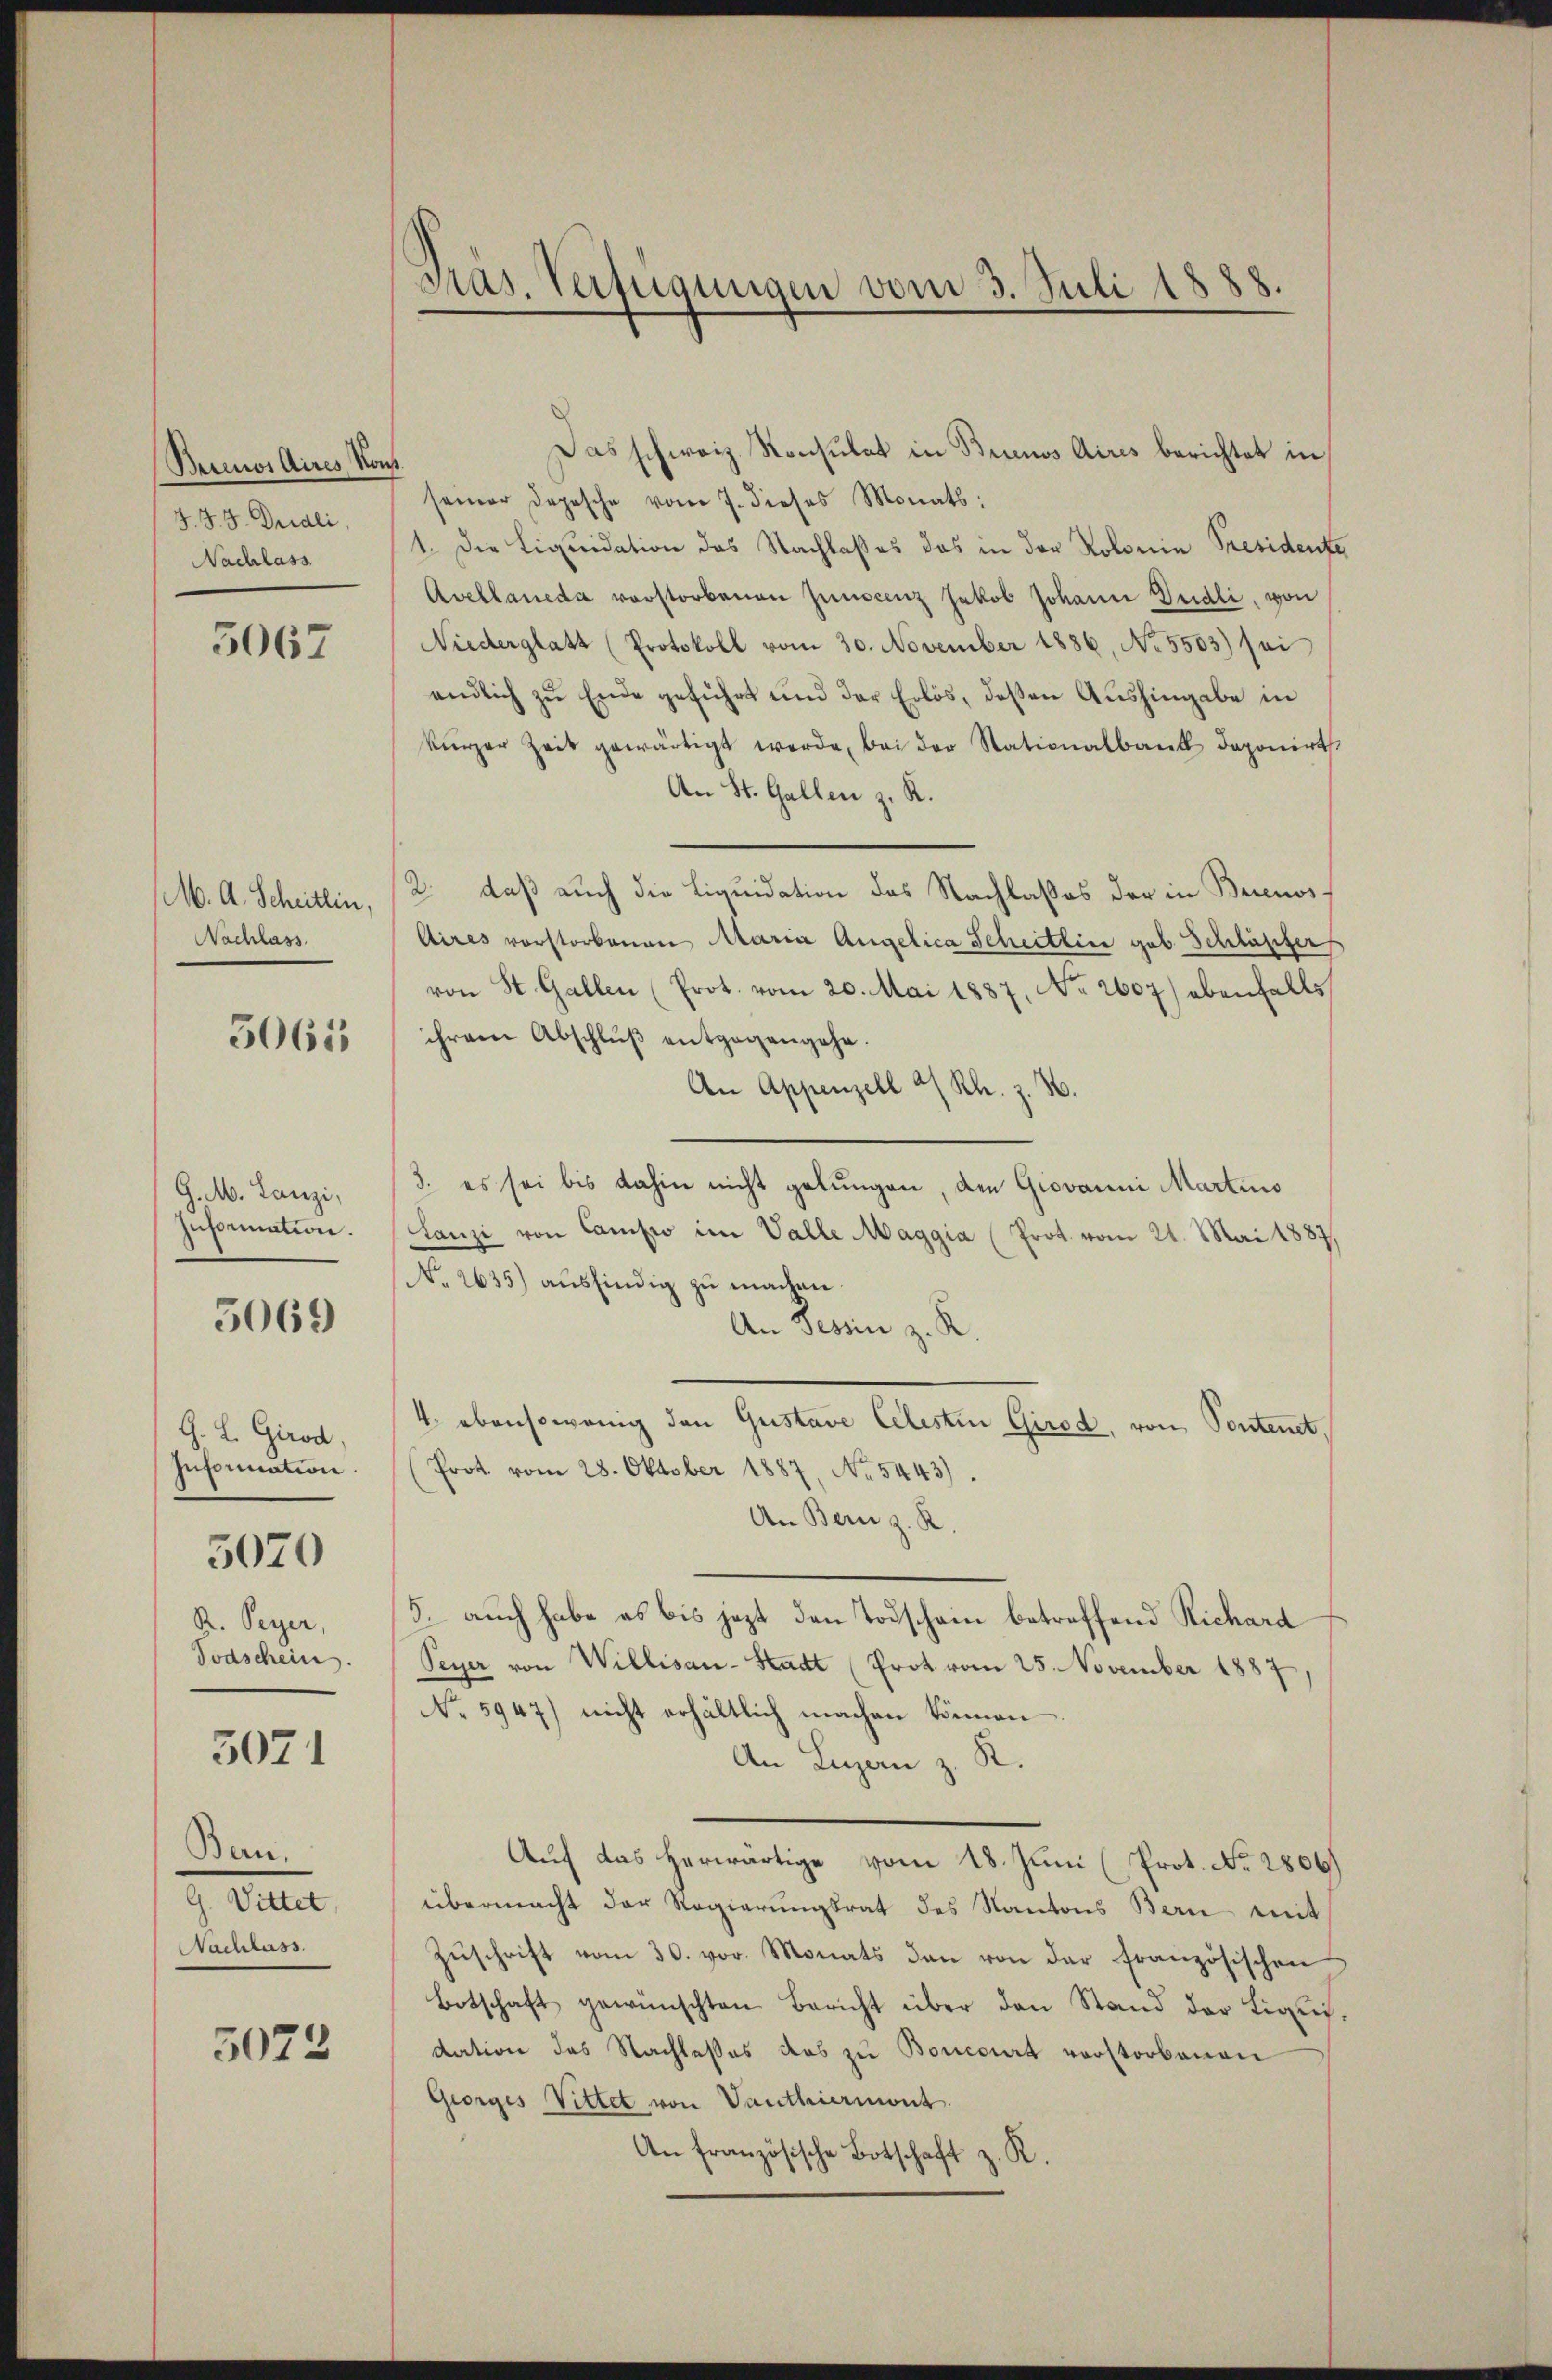
Berinos Aires, von
J. J. J. Dridli,
Nachlass

5067

M. A. Scheitlin,
Nachlass

5065

G. M. Lanzi,
Information.

5069)

G. L. Girod,
Information
3070
R. Peyer,
Todschein.

5071

Bern.
G. Wittet,
Nachlass.

5072

Gras Verfügungen vom 3. Juli 1888.

Das schweiz. Konsulat in Brunnos Aires berichtet in
.
seiner Depesche vom 7. dieses Monats:
1. Die Liquidation des Nachlaßes das in der Notoria Presidente
Avellaneda vorstorbenen Juniscenz Jakob Johann Dudli, von
Niederglatt (Protokoll vom 30. November 1886, No 5503) sei
endlich zu Ende geführt und der Erlös, deßen Aushingabe in
kŭrzer Zeit gewärtigt werde, bei der Stationalbank deponirt
An St. Gallen z. R.
2. daß auch die Liquidation des Nachlasses der in Buenos
Aires vorstorbenen Maria Angelica Scheitlin geb. Schläpfer
von St. Gallen (Prot. vom 20. Mai 1887, No. 2607) ebenfalls
ihrem Abschlŭβ entgegengehe.
An Appenzell a/Rh. z. B.
3. es sei bis dahin nicht gelungen, den Giovanni Martino
Lanzi von Campio im Valle Maggia (Prot. vom 21. Mai 1887,
No 2635) ausfindig zu machen.
An Tessin z. R.
4 ebensowenig den Gustave Celesten Gired, von Pontenet
Prot. vom 28. Oktober 1887, No 5443).
An Bern z. K
5. auch habe es bis jezt den Todschein betreffend Richard
Peyer von Willisau-Stadt (Prot vom 25. November 1887
No 5947) nicht erhältlich machen können.
An Luzern z. R.
Auf das herwärtige vom 18. Juni (Prot. No. 2806)
übermacht der Regierungsrat des Kantons Bern mit
Zŭschrift vom 30. vor. Monats den von der französischen
Botschaft gewünschten Bericht über den Stand der Liquidation das Nachlasses das zu Boncourt vorstorbenen
Georges Vittet von Vanthiermont.
An französische Botschaft z. R.